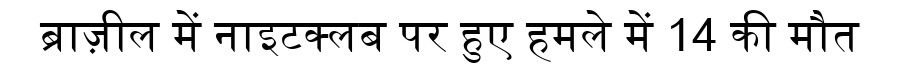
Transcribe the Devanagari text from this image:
ब्राज़ील में नाइटक्लब पर हुए हमले में 14 की मौत